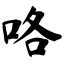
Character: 咯